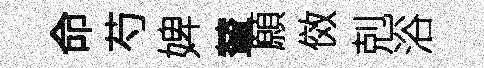
命芍婢輦願傚剋浴